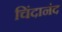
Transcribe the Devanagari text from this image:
चिंदानंद